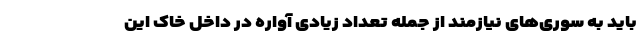
باید به سوری‌های نیازمند از جمله تعداد زیادی آواره در داخل خاک این